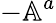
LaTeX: -\mathbb{A}^{a}